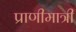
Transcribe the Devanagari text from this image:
प्राणीमात्री